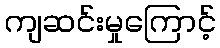
ကျဆင်းမှုကြောင့်